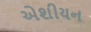
એશીયન